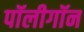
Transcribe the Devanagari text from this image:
पॉलीगॉन